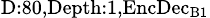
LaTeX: _{\textrm{D}:80,\textrm{Depth}:1,\textrm{EncDec}_{\textrm{B}1}}